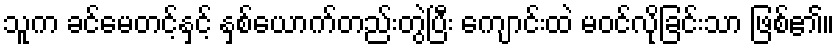
သူက ခင်မေတင့်နှင့် နှစ်ယောက်တည်းတွဲပြီး ကျောင်းထဲ မဝင်လိုခြင်းသာ ဖြစ်၏။